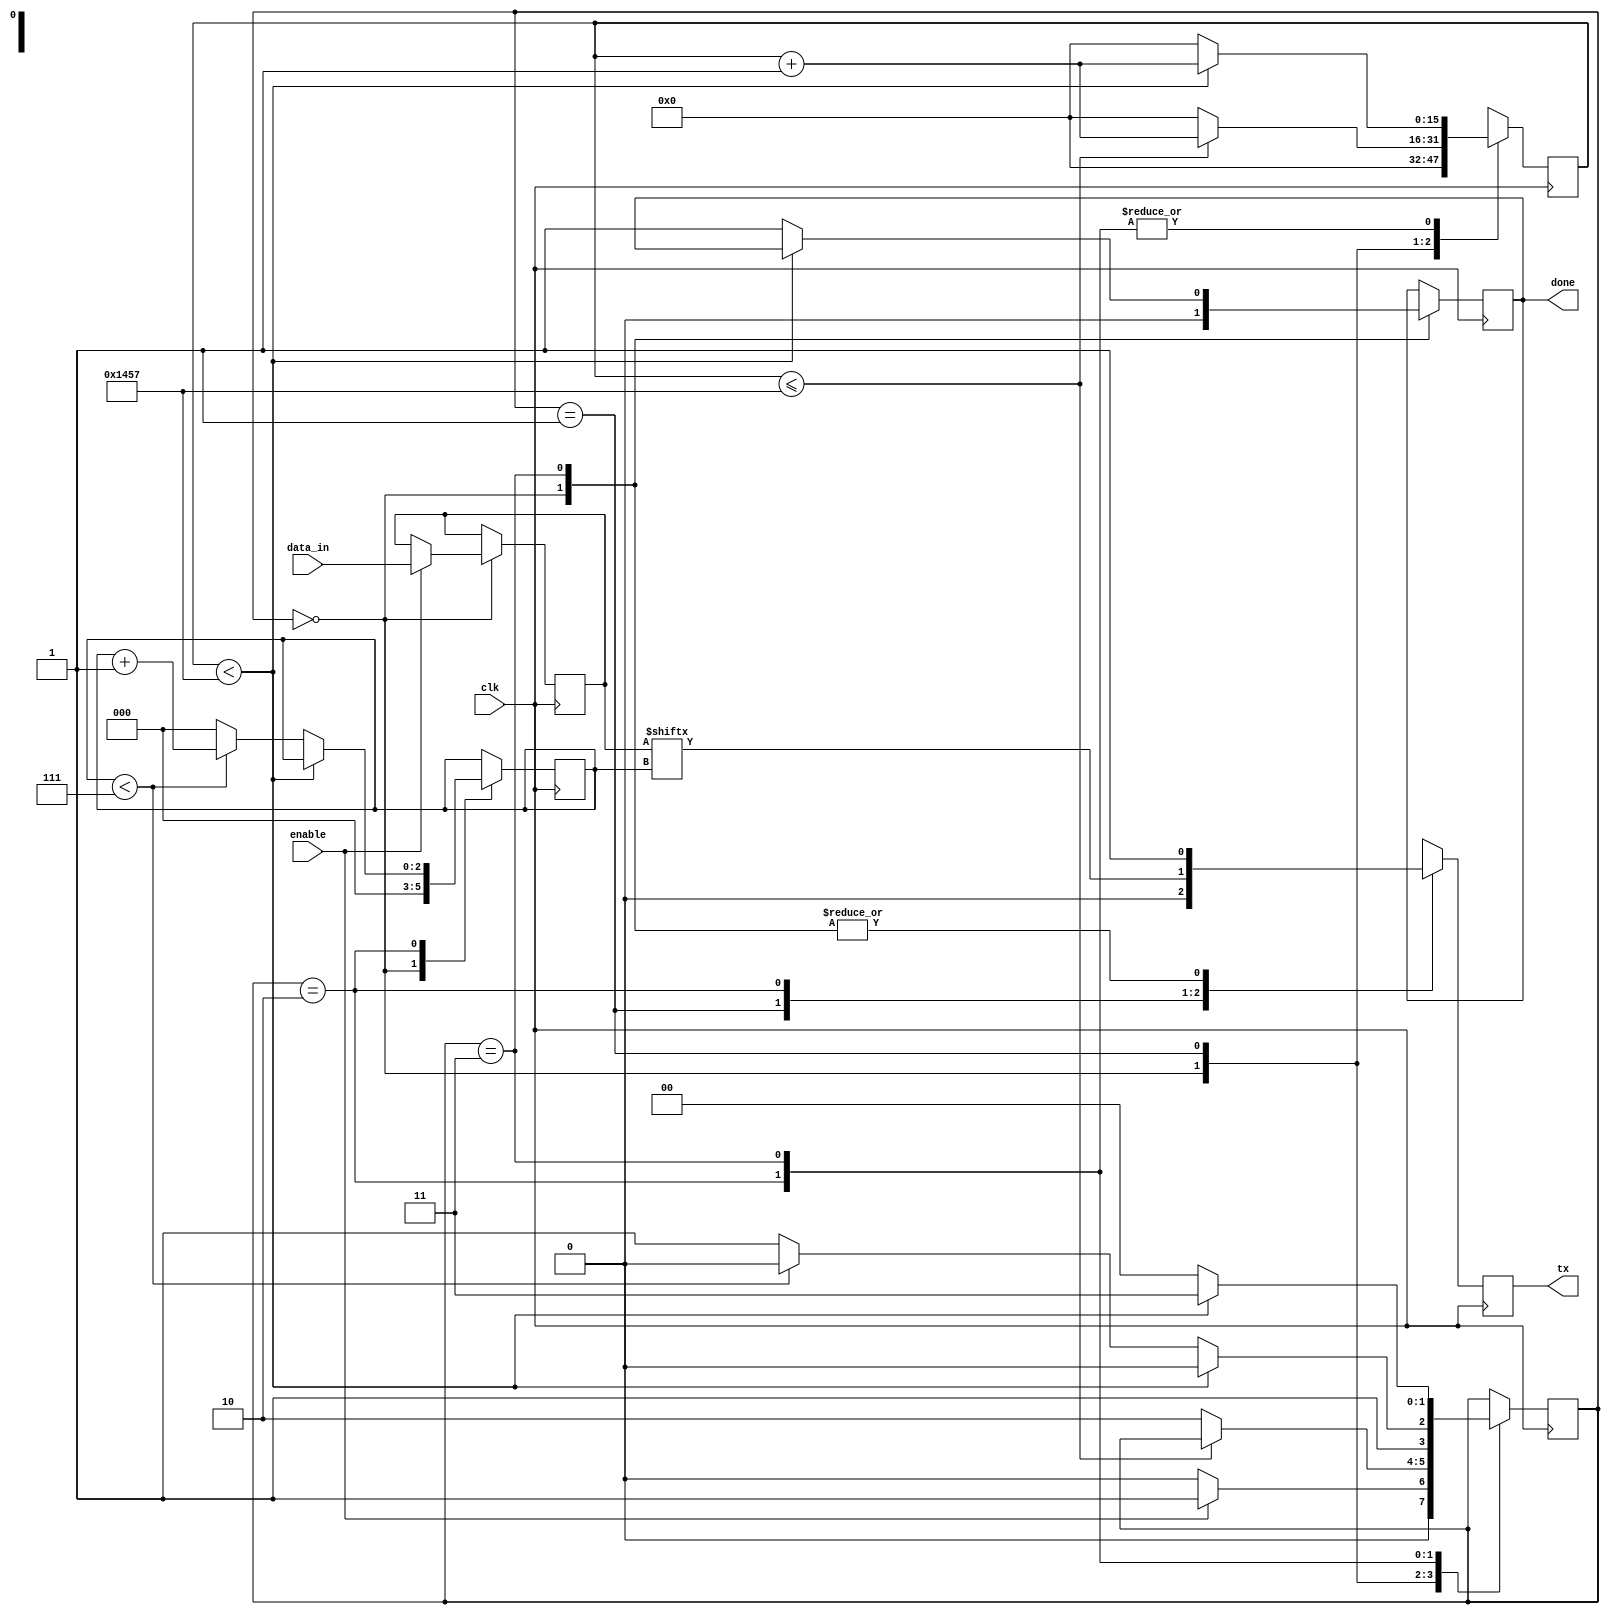
`timescale 1ns / 1ps
//////////////////////////////////////////////////////////////////////////////////
// 
//
// 8-bit UART transmiter, no parity bit
//
//
//////////////////////////////////////////////////////////////////////////////////
module UART_TX(
	input clk, enable,
	input [7:0] data_in,
	output reg tx, done
	);

	parameter state_idle = 2'b00;
	parameter state_start = 2'b01;
	parameter state_data = 2'b10;
	parameter state_stop = 2'b11;
	parameter clk_per_bit = 5208;
//	parameter clk_per_bit = 4;
										//Must be set correctly: 
										 //clk_per_bit = clk_frequency / baud_rate
										 //max is 65535


	reg [15:0] clk_count;
	reg [2:0] index;
	reg [7:0] data_temp;
	reg [1:0] state; 
	
	
	initial begin
		done <= 0;
		tx <= 1;
		state <= state_idle;
	end 
	  
	always@(posedge clk) begin 
		case(state)
			state_idle: begin
				tx <= 1;
				done <= 0;
				clk_count <= 0;
				index <= 0;
				if(enable) begin
					data_temp <= data_in;
					state <= state_start; 
				end
				else
					state <= state_idle;
			end
			
			state_start: begin
				tx <= 0;
				if(clk_count <= clk_per_bit - 1) begin
					clk_count <= clk_count + 1;
				end
				else begin
					clk_count <= 0;
					state <= state_data;
				end
			end
			
			state_data: begin
				tx <= data_temp[index];
				if(clk_count < clk_per_bit - 1) begin
					clk_count <= clk_count + 1;
					state <= state_data;
				end
				else begin
					clk_count <= 0;
					if(index < 7) begin
						index <= index + 1;
						state <= state_data;
					end
					else begin
						index <= 0;
						state <= state_stop;
					end
				end
			end
			
			state_stop: begin
				tx <= 1;
				if (clk_count < clk_per_bit - 1) begin
					clk_count <= clk_count + 1;
					state <= state_stop;
				end
				else begin
					done <= 1;
					clk_count <= 0;
					state <= state_idle;
				end
			end
			
			default: begin
				state <= state_idle;
				index <= 0;
				clk_count <= 0;
				tx <= 1;
			end
		endcase
	end
	
	
	
endmodule